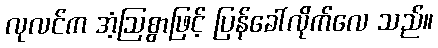
လုလင်က အံ့ဩစွာဖြင့် ပြန်ခေါ်လိုက်လေ သည်။